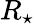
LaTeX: R_{\star}